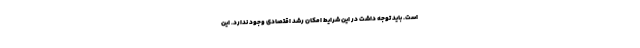
است. باید توجه داشت در این شرایط امکان رشد اقتصادی وجود ندارد. این